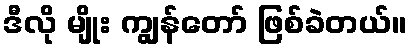
ဒီလို မျိုး ကျွန်တော် ဖြစ်ခဲတယ်။